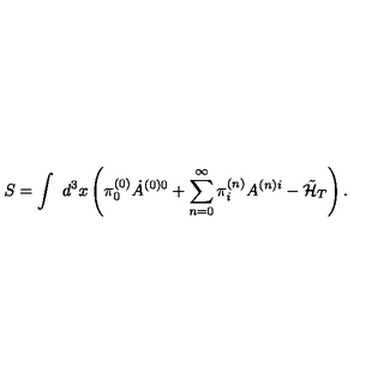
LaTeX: S = \int \ d ^ { 3 } x \left( \pi _ { 0 } ^ { ( 0 ) } \dot { A } ^ { ( 0 ) 0 } + \sum _ { n = 0 } ^ { \infty } \pi _ { i } ^ { ( n ) } A ^ { ( n ) i } - \tilde { \cal H } _ { T } \right) .